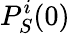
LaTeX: P_{S}^{i}(0)